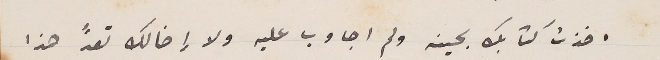
اخذت كتابك بحينه ولم اجاوب عليه ولا إخالك تعدُّ هذا